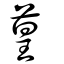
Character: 葟